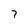
Character: 7